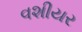
વશીયર